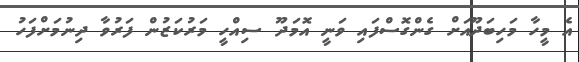
އެ މީހާ މަހިބަދޫއަށް ގެންގޮސްފައި ވަނީ އޮމަދޫ ސިއްހީ މަރުކަޒުން ފަރުވާ ދިނުމަށްފަހު